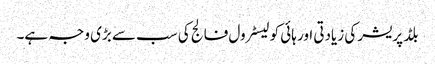
بلڈ پریشر کی زیادتی اور ہائی کولیسٹرول فالج کی سب سے بڑی وجہ ہے۔